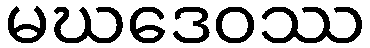
မဃဒေဝဿ